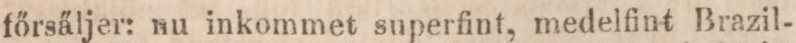
főrsäljer: nu inkommet superfint, medelfint Brazil-